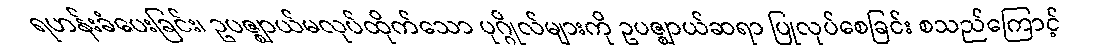
ရဟန်းခံပေးခြင်း၊ ဥပဇ္ဈာယ်မလုပ်ထိုက်သော ပုဂ္ဂိုလ်များကို ဥပဇ္ဈာယ်ဆရာ ပြုလုပ်စေခြင်း စသည်ကြောင့်